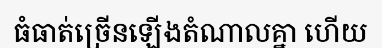
ធំធាត់ច្រើនឡើងតំណាលគ្នា ហើយ